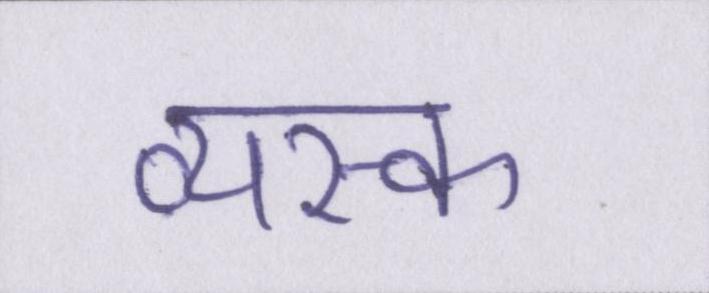
व्यस्क